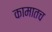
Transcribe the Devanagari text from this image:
कामातच